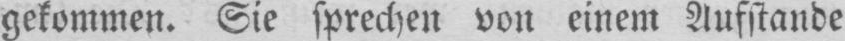
gekommen. Sie sprechen von einem Aufstande